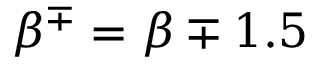
\beta ^ { \mp } = \beta \mp 1 . 5